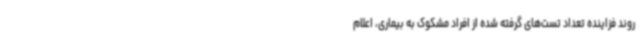
روند فزاینده تعداد تست‌های گرفته شده از افراد مشکوک به بیماری، اعلام